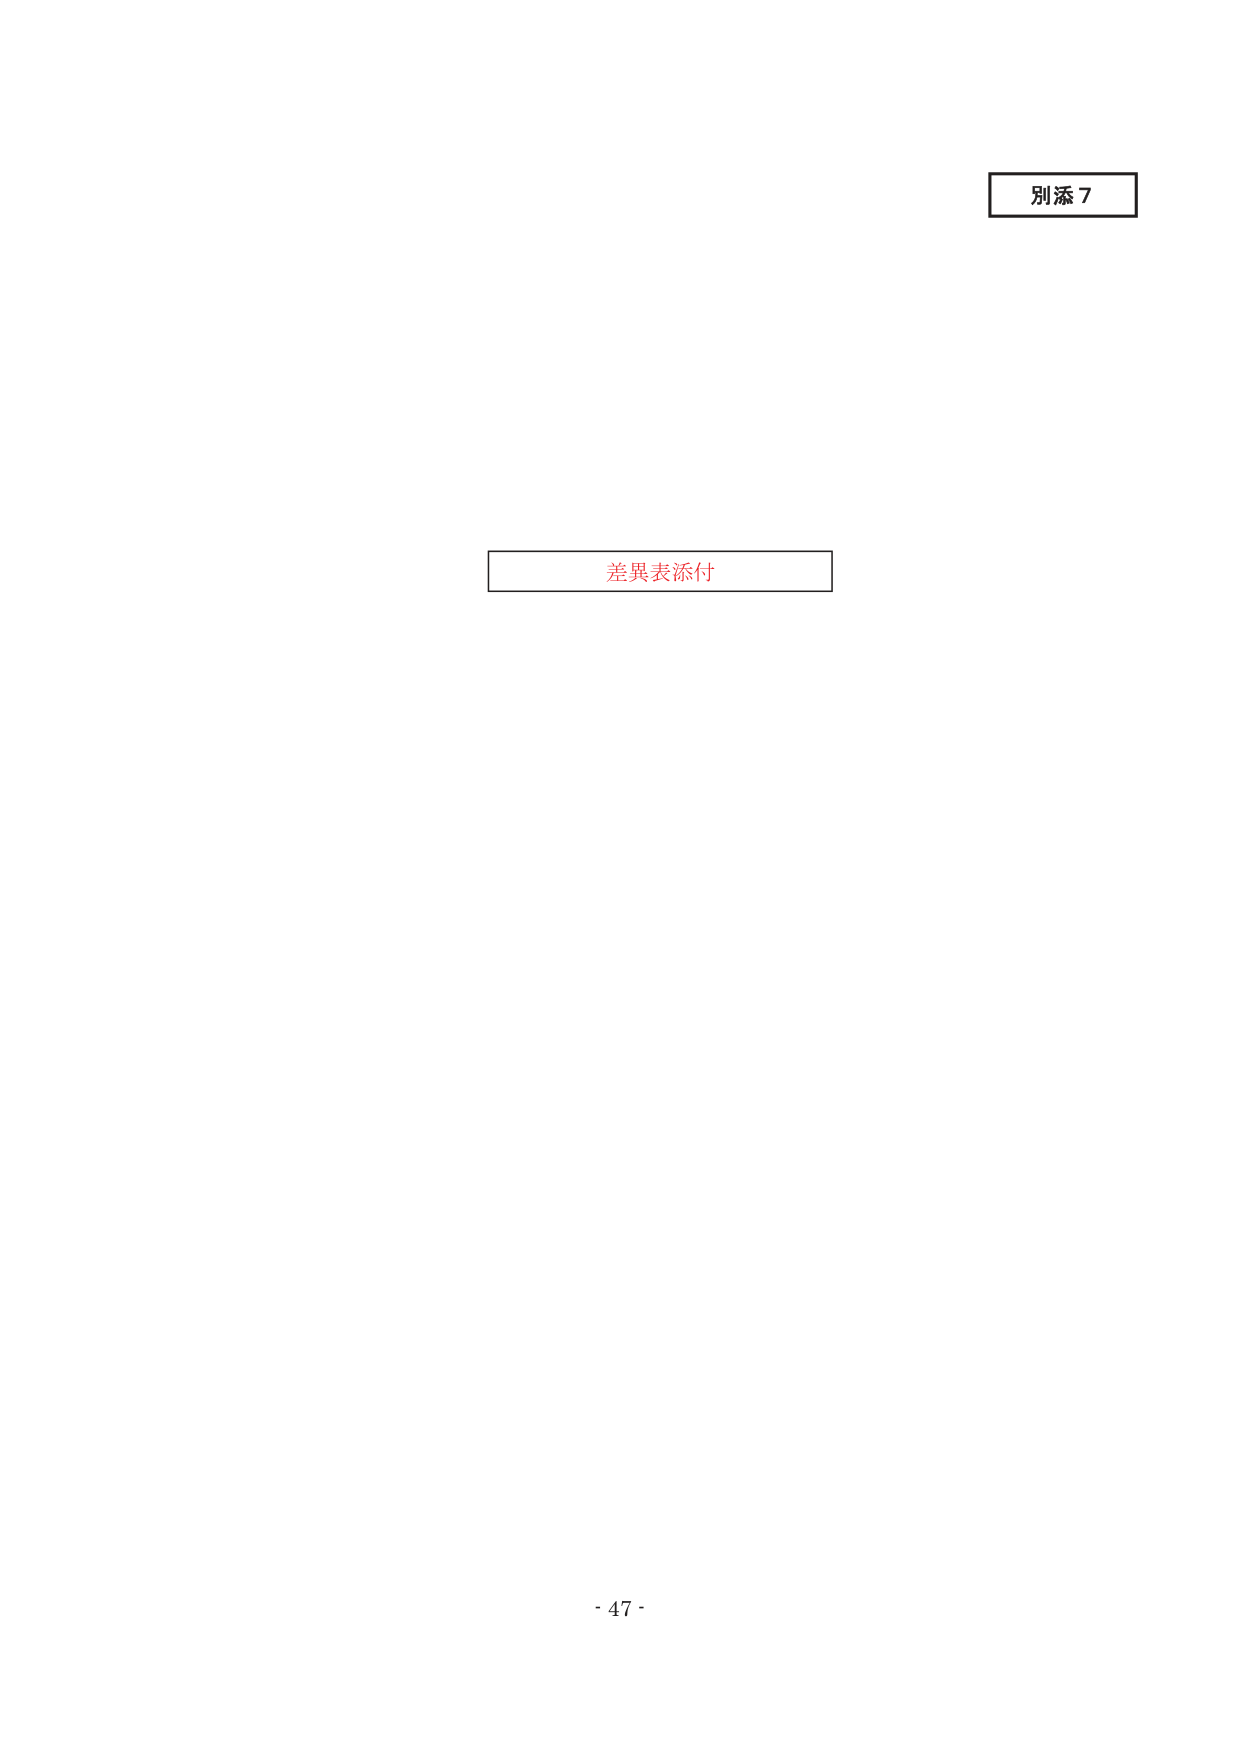
別添7
差異表添付
- 47 -